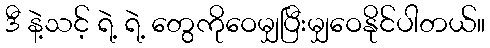
ဒီ နဲ့သင့် ရဲ့ ရဲ့ တွေကိုဝေမျှပြီးမျှဝေနိုင်ပါတယ်။